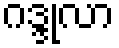
ဂဒ္ဒုလာ